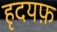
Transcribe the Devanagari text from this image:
हृदयफ़